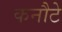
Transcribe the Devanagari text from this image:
कनौटे